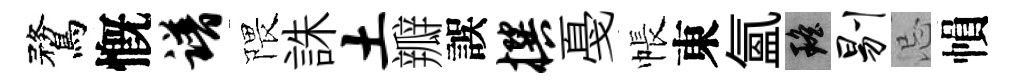
鶩慨谱隈誅土瓣誤撰戞帳東氳瑶剔忌𢄙